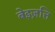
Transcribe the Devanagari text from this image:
बेइज़त्ति